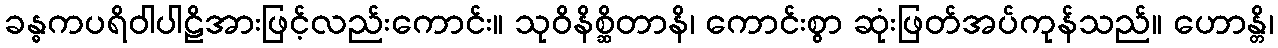
ခန္ဓကပရိဝါပါဠိအားဖြင့်လည်းကောင်း။ သုဝိနိစ္ဆိတာနိ၊ ကောင်းစွာ ဆုံးဖြတ်အပ်ကုန်သည်။ ဟောန္တိ၊